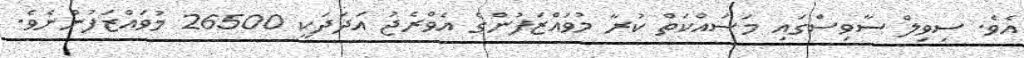
އެވެ. ސިވިލް ސާވިސްގައި މަސައްކަތް ކުރާ މުވައްޒަފުންގެ އެވްރެޖު އަދަދަކީ 26500 މުވައްޒަފުންނެވެ.